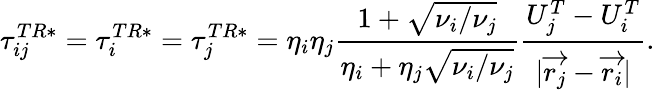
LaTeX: \tau_{ij}^{TR*}=\tau_{i}^{TR*}=\tau_{j}^{TR*}=\eta_{i}\eta_{j}\frac{1+\sqrt{\nu_{i}/\nu_{j}}}{\eta_{i}+\eta_{j}\sqrt{\nu_{i}/\nu_{j}}}\frac{U_{j}^{T}-U_{i}^{T}}{|\overrightarrow{r_{j}}-\overrightarrow{r_{i}}|}.